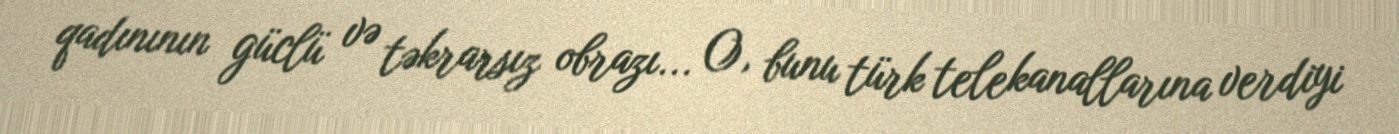
qadınının güclü və təkrarsız obrazı... O, bunu türk telekanallarına verdiyi